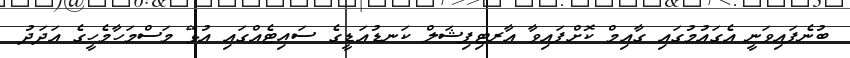
ބުނެފައިވަނީ އެގައުމުގައި ގާއިމް ކޮށްފައިވާ އާރޓިފިޝަލް ކަނޑުއަޑީގެ ސައިޓެއްގައި އުޅޭ މަސްމަހާމެހީގެ އަދަދު